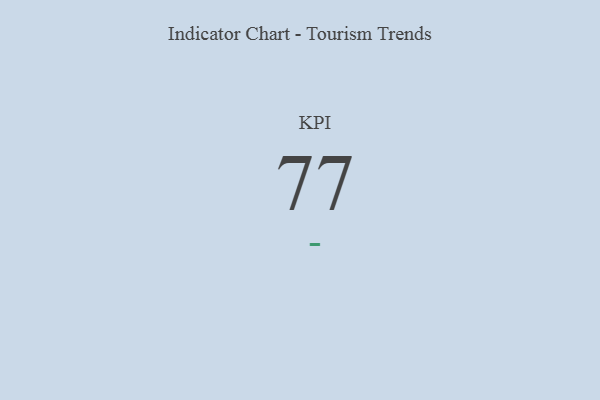
{"axis": {"x": "KPI", "y": "Value"}, "legend": [""], "data": [{"x": "KPI", "y": 77, "type": ""}]}